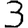
Digit: 3